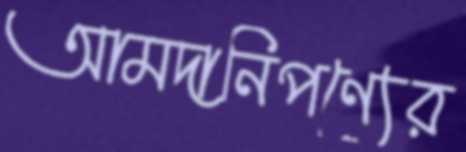
আমদানিপণ্যের